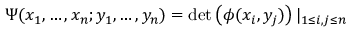
\Psi ( x _ { 1 } , \ldots , x _ { n } ; y _ { 1 } , \ldots , y _ { n } ) = \operatorname * { d e t } \left( \phi ( x _ { i } , y _ { j } ) \right) | _ { 1 \leq i , j \leq n }